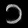
Digit: ၁